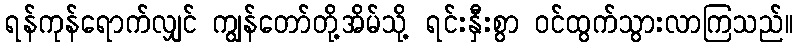
ရန်ကုန်ရောက်လျှင် ကျွန်တော်တို့အိမ်သို့ ရင်းနှီးစွာ ဝင်ထွက်သွားလာကြသည်။